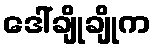
ဒေါ်ချိုချိုက